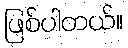
ဖြစ်ပါတယ်။